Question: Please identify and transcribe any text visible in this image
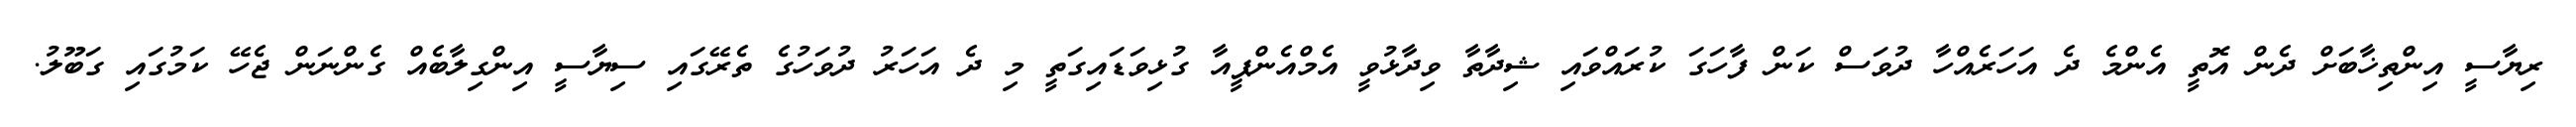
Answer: ރިޔާސީ އިންތިޚާބަށް ދެން އޮތީ އެންމެ ދެ އަހަރެއްހާ ދުވަސް ކަން ފާހަގަ ކުރައްވައި ޝިދާތާ ވިދާޅުވީ އެމްއެންޕީއާ ގުޅިވަޑައިގަތީ މި ދެ އަހަރު ދުވަހުގެ ތެރޭގައި ސިޔާސީ އިންގިލާބެއް ގެންނަން ޖެހޭ ކަމުގައި ގަބޫލު.